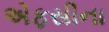
એફસીના